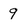
Character: q